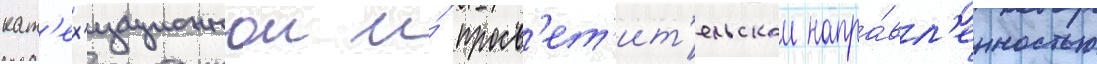
кат'ех'изационнои и́ просв'ет'ит'ельскои напра́вл'енностью